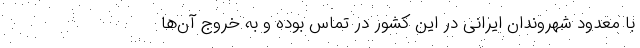
با معدود شهروندان ایرانی در این کشور در تماس بوده و به خروج آن‌ها